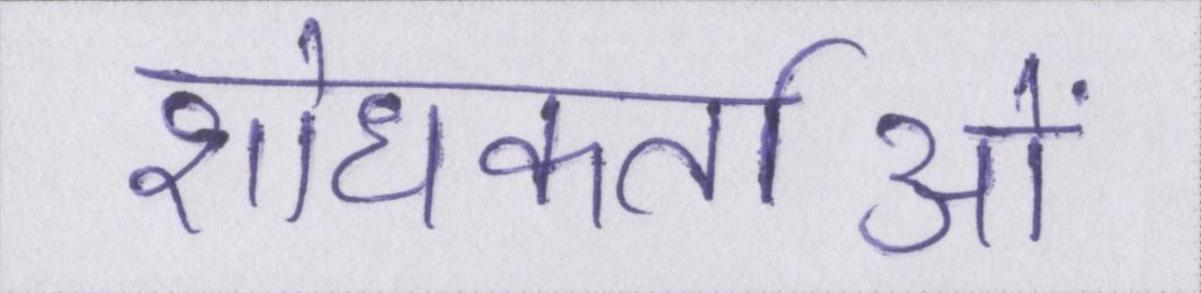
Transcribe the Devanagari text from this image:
शोधकर्ताओं